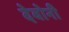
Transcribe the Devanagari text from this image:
देवोनी